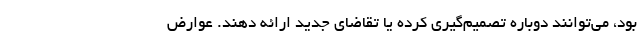
بود، می‌توانند دوباره تصمیم‌گیری کرده یا تقاضای جدید ارائه دهند. عوارض